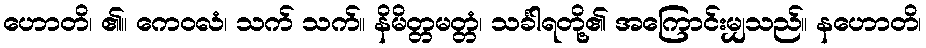
ဟောတိ၊ ၏။ ကေဝလံ၊ သက် သက်။ နိမိတ္တမတ္တံ၊ သင်္ခါရတို့၏ အကြောင်းမျှသည်။ နဟောတိ၊